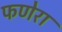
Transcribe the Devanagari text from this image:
फणेरा